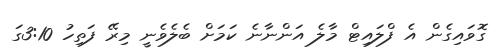
ގޮވައިގެން އެ ފްލައިޓް މާލެ އަންނާނެ ކަމަށް ބެލެވެނީ މިރޭ ފަތިހު 3:10ގަ